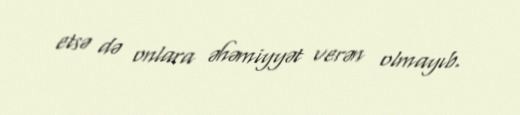
etsə də onlara əhəmiyyət verən olmayıb.